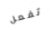
تفعل